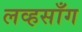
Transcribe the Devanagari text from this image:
लव्हसाँग